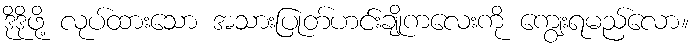
ဒိုဒိုဖို့ လုပ်ထားသော အသားပြုတ်ဟင်းချိုကလေးကို ကျွေးရမည်လော။